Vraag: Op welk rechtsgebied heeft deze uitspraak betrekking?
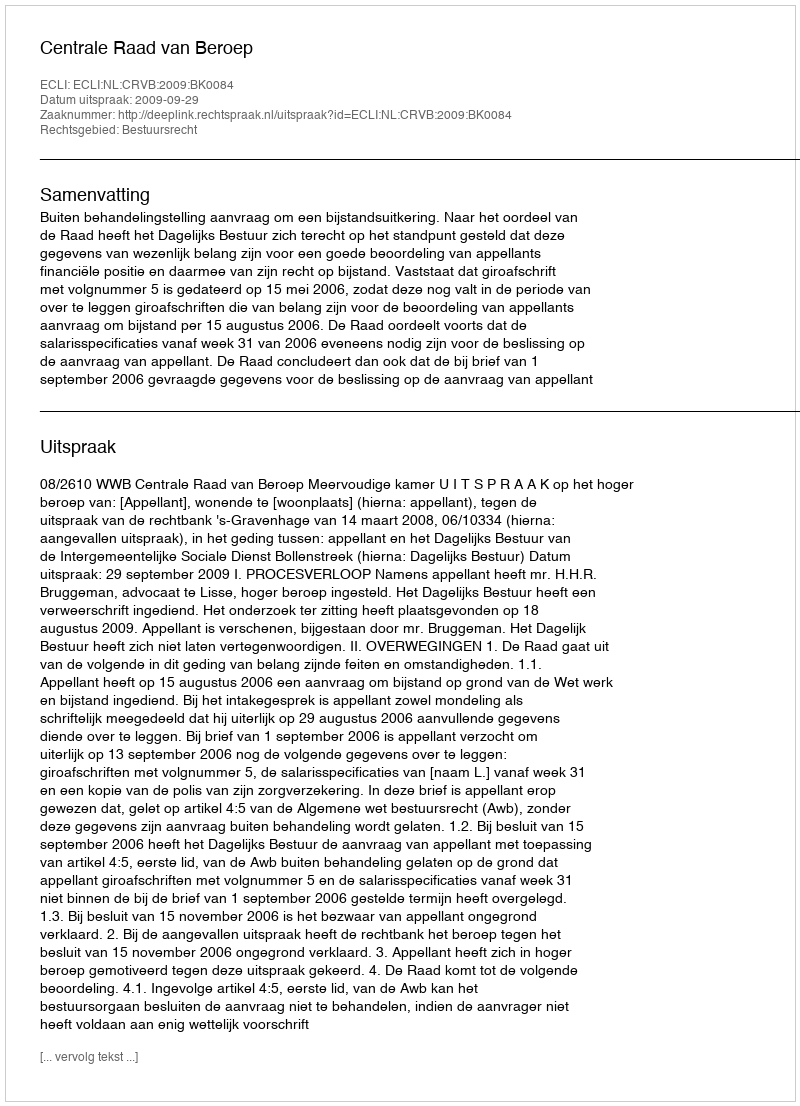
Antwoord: Bestuursrecht